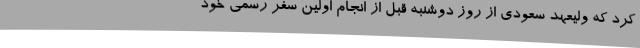
کرد که ولیعهد سعودی از روز دوشنبه قبل از انجام اولین سفر رسمی خود